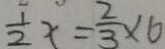
\frac { 1 } { 2 } x = \frac { 2 } { 3 } \times 6